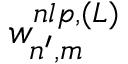
w _ { n ^ { \prime } , m } ^ { n l p , ( L ) }